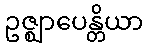
ဥဇ္ဈာပေန္တိယာ